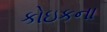
કોઇકના